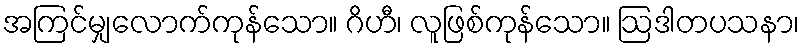
အကြင်မျှလောက်ကုန်သော။ ဂိဟီ၊ လူဖြစ်ကုန်သော။ ဩဒါတပသနာ၊